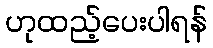
ဟုထည့်ပေးပါရန်